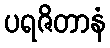
ပရဇိတာနံ